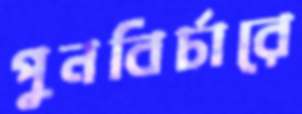
পুনবির্চারে